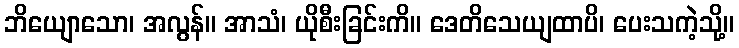
ဘိယျောသော၊ အလွန်။ အာသံ၊ ယိုစီးခြင်းကိ။ ဒေတိသေယျထာပိ၊ ပေးသကဲ့သို့။